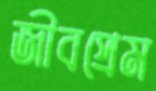
জীবপ্রেম